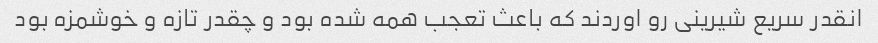
انقدر سریع شیرینی رو اوردند که باعث تعجب همه شده بود و چقدر تازه و خوشمزه بود